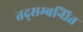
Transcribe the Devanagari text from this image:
तद्सम्बन्धित